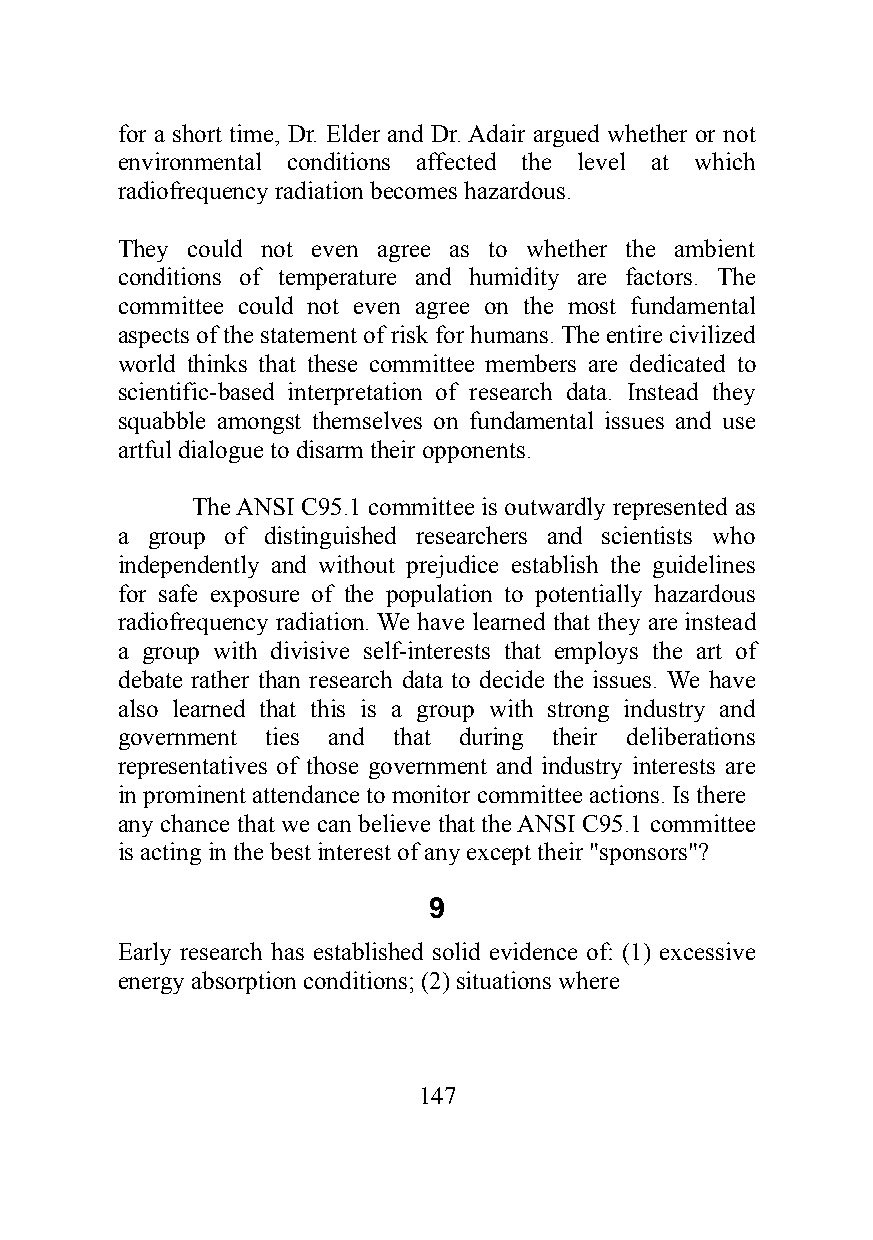
for a short time, Dr. Elder and Dr. Adair argued whether or not
 environmental conditions affected the level at which
 radiofrequency radiation becomes hazardous.
 They could not even agree as to whether the ambient
 conditions of temperature and humidity are factors. The
 committee could not even agree on the most fundamental
 aspects of the statement of risk for humans. The entire civilized
 world thinks that these committee members are dedicated to
 scientific-based interpretation of research data. Instead they
 squabble amongst themselves on fundamental issues and use
 artful dialogue to disarm their opponents.
 The ANSI C95.1 committee is outwardly represented as
 a group of distinguished researchers and scientists who
 independently and without prejudice establish the guidelines
 for safe exposure of the population to potentially hazardous
 radiofrequency radiation. We have learned that they are instead
 a group with divisive self-interests that employs the art of
 debate rather than research data to decide the issues. We have
 also learned that this is a group with strong industry and
 government ties and that during their deliberations
 representatives of those government and industry interests are
 in prominent attendance to monitor committee actions. Is there
 any chance that we can believe that the ANSI C95.1 committee
 is acting in the best interest of any except their "sponsors"?
 9
 Early research has established solid evidence of: (1) excessive
 energy absorption conditions; (2) situations where
 147